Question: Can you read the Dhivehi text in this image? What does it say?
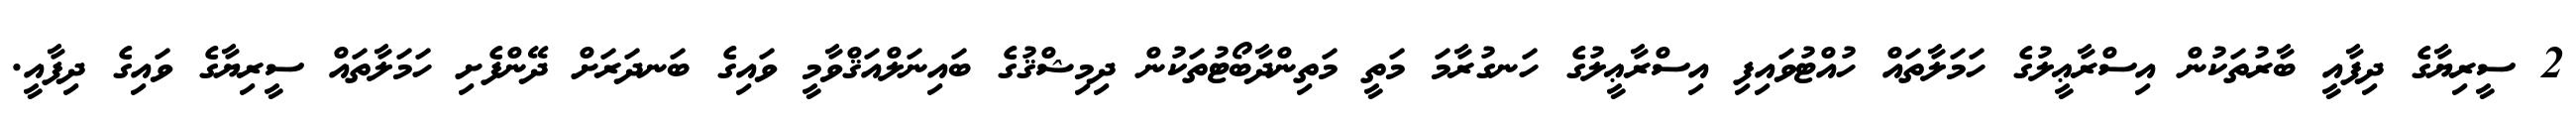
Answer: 2 ސީރިޔާގެ ދިފާއީ ބާރުތަކުން އިސްރާޢީލުގެ ހަމަލާތައް ހުއްޓުވައިފި އިސްރާޢީލުގެ ހަނގުރާމަ މަތީ މަތިންދާބޯޓުތަކުން ދިމިޝްޤުގެ ބައިނަލްއަޤްވާމީ ވައިގެ ބަނދަރަށް ދޭންފެށި ހަމަލާތައް ސީރިޔާގެ ވައިގެ ދިފާއީ.